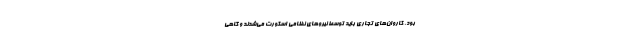
بود. کاروان‌های تجاری باید توسط نیروهای نظامی اسکورت می‌شدند و گاهی